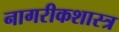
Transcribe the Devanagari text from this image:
नागरीकशास्त्र